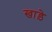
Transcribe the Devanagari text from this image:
खाड़े